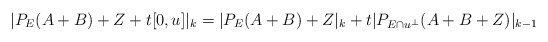
\begin{align*}|P_E(A+B)+Z+t[0,u]|_{k}=|P_E(A+B)+Z|_k+t|P_{E\cap u^\bot}(A+B+Z)|_{k-1}\end{align*}